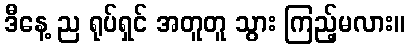
ဒီနေ့ ည ရုပ်ရှင် အတူတူ သွား ကြည့်မလား။